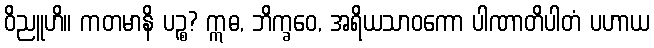
ဝိညူဟိ။ ကတမာနိ ပဉ္စ? ဣဓ, ဘိက္ခဝေ, အရိယသာဝကော ပါဏာတိပါတံ ပဟာယ